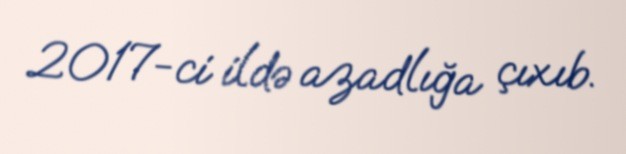
2017-ci ildə azadlığa çıxıb.